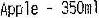
APPLE - 350ML